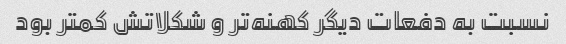
نسبت به دفعات دیگر کهنه‌تر و شکلاتش کمتر بود